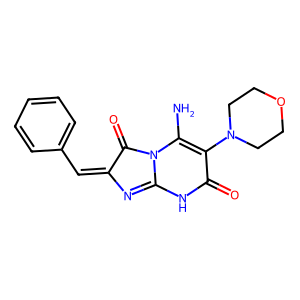
SMILES: NC1=C(N2CCOCC2)C(=O)NC2=NC(=Cc3ccccc3)C(=O)N21
Inhibits HIV replication: No